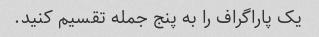
یک پاراگراف را به پنج جمله تقسیم کنید.